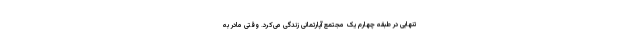
تنهایی در طبقه چهارم یک مجتمع آپارتمانی زندگی می‌کرد. وقتی مادر به